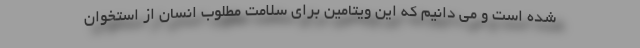
شده است و می دانیم که این ویتامین برای سلامت مطلوب انسان از استخوان